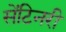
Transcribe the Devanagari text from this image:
सेंटिनरी